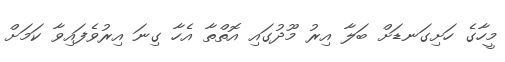
މީހާގެ ހަށިގަނޑަށް ބަލާ އިރު މޫދުގައި އޮތްތާ އެހާ ގިނަ އިރުވެފައިވާ ކަމަށް